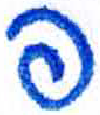
אות: פ